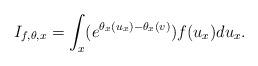
LaTeX: \begin{align*}I_{f,\theta,x}=\int_{x}(e^{\theta_{x}(u_{x})-\theta_{x}(v)})f(u_{x})du_{x}.\end{align*}